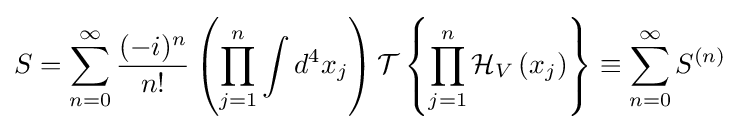
S=\sum _{n=0}^{\infty }{\frac {(-i)^{n}}{n!}}\left(\prod _{j=1}^{n}\int d^{4}x_{j}\right){\mathcal {T}}\left\{\prod _{j=1}^{n}{\mathcal {H}}_{V}\left(x_{j}\right)\right\}\equiv \sum _{n=0}^{\infty }S^{(n)}\;